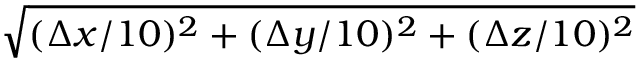
\sqrt { ( \Delta x / 1 0 ) ^ { 2 } + ( \Delta y / 1 0 ) ^ { 2 } + ( \Delta z / 1 0 ) ^ { 2 } }